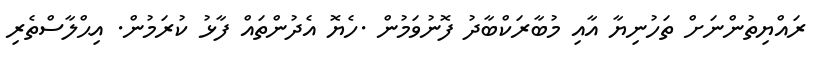
ރައްޔިތުންނަށް ތަހުނިޔާ އާއި މުބާރަކްބާދު ފޮނުވަމުން .ހެޔޮ އެދުންތައް ފާޅު ކުރަމުން. އިޙްލާސްތެރި